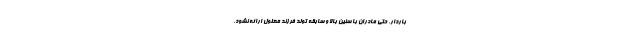
باردار، حتی مادران با سنین بالا و سابقه تولد فرزند معلول ارائه نشود.